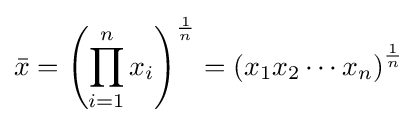
{\bar {x}}=\left(\prod _{i=1}^{n}{x_{i}}\right)^{\frac {1}{n}}=\left(x_{1}x_{2}\cdots x_{n}\right)^{\frac {1}{n}}